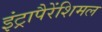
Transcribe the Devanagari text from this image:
इंट्रापैरेंशिमल